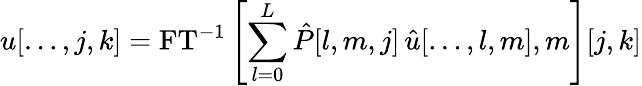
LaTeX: u[\ldots,j,k]=\mathrm{FT}^{-1}\left[\sum_{l=0}^{L}\hat{P}[l,m,j]\, \hat{u}[\ldots,l,m],m\right][j,k]